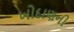
ખોદાણની